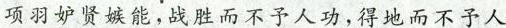
项羽妒贤嫉能，战胜而不予人功，得地而不予人